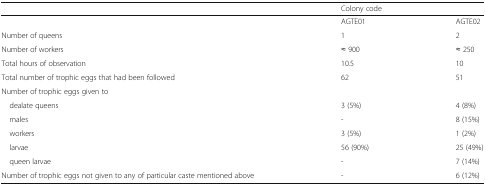
<table><thead><tr><td></td><td colspan="2"><b>Colony code</b></td></tr></thead><tbody><tr><td></td><td>AGTE01</td><td>AGTE02</td></tr><tr><td>Number of queens</td><td>1</td><td>2</td></tr><tr><td>Number of workers</td><td>≈ 900</td><td>≈ 250</td></tr><tr><td>Total hours of observation</td><td>10.5</td><td>10</td></tr><tr><td>Total number of trophic eggs that had been followed</td><td>62</td><td>51</td></tr><tr><td colspan="3">Number of trophic eggs given to</td></tr><tr><td> dealate queens</td><td>3 (5%)</td><td>4 (8%)</td></tr><tr><td> males</td><td>-</td><td>8 (15%)</td></tr><tr><td> workers</td><td>3 (5%)</td><td>1 (2%)</td></tr><tr><td> larvae</td><td>56 (90%)</td><td>25 (49%)</td></tr><tr><td> queen larvae</td><td>-</td><td>7 (14%)</td></tr><tr><td>Number of trophic eggs not given to any of particular caste mentioned above</td><td>-</td><td>6 (12%)</td></tr></tbody></table>